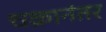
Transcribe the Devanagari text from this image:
चक्रानंतर